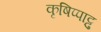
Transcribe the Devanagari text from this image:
कृषिप्पाट्टु